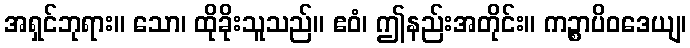
အရှင်ဘုရား။ သော၊ ထိုခိုးသူသည်။ ဧဝံ၊ ဤနည်းအတိုင်း။ ကဉ္စာပိဝဒေယျ၊